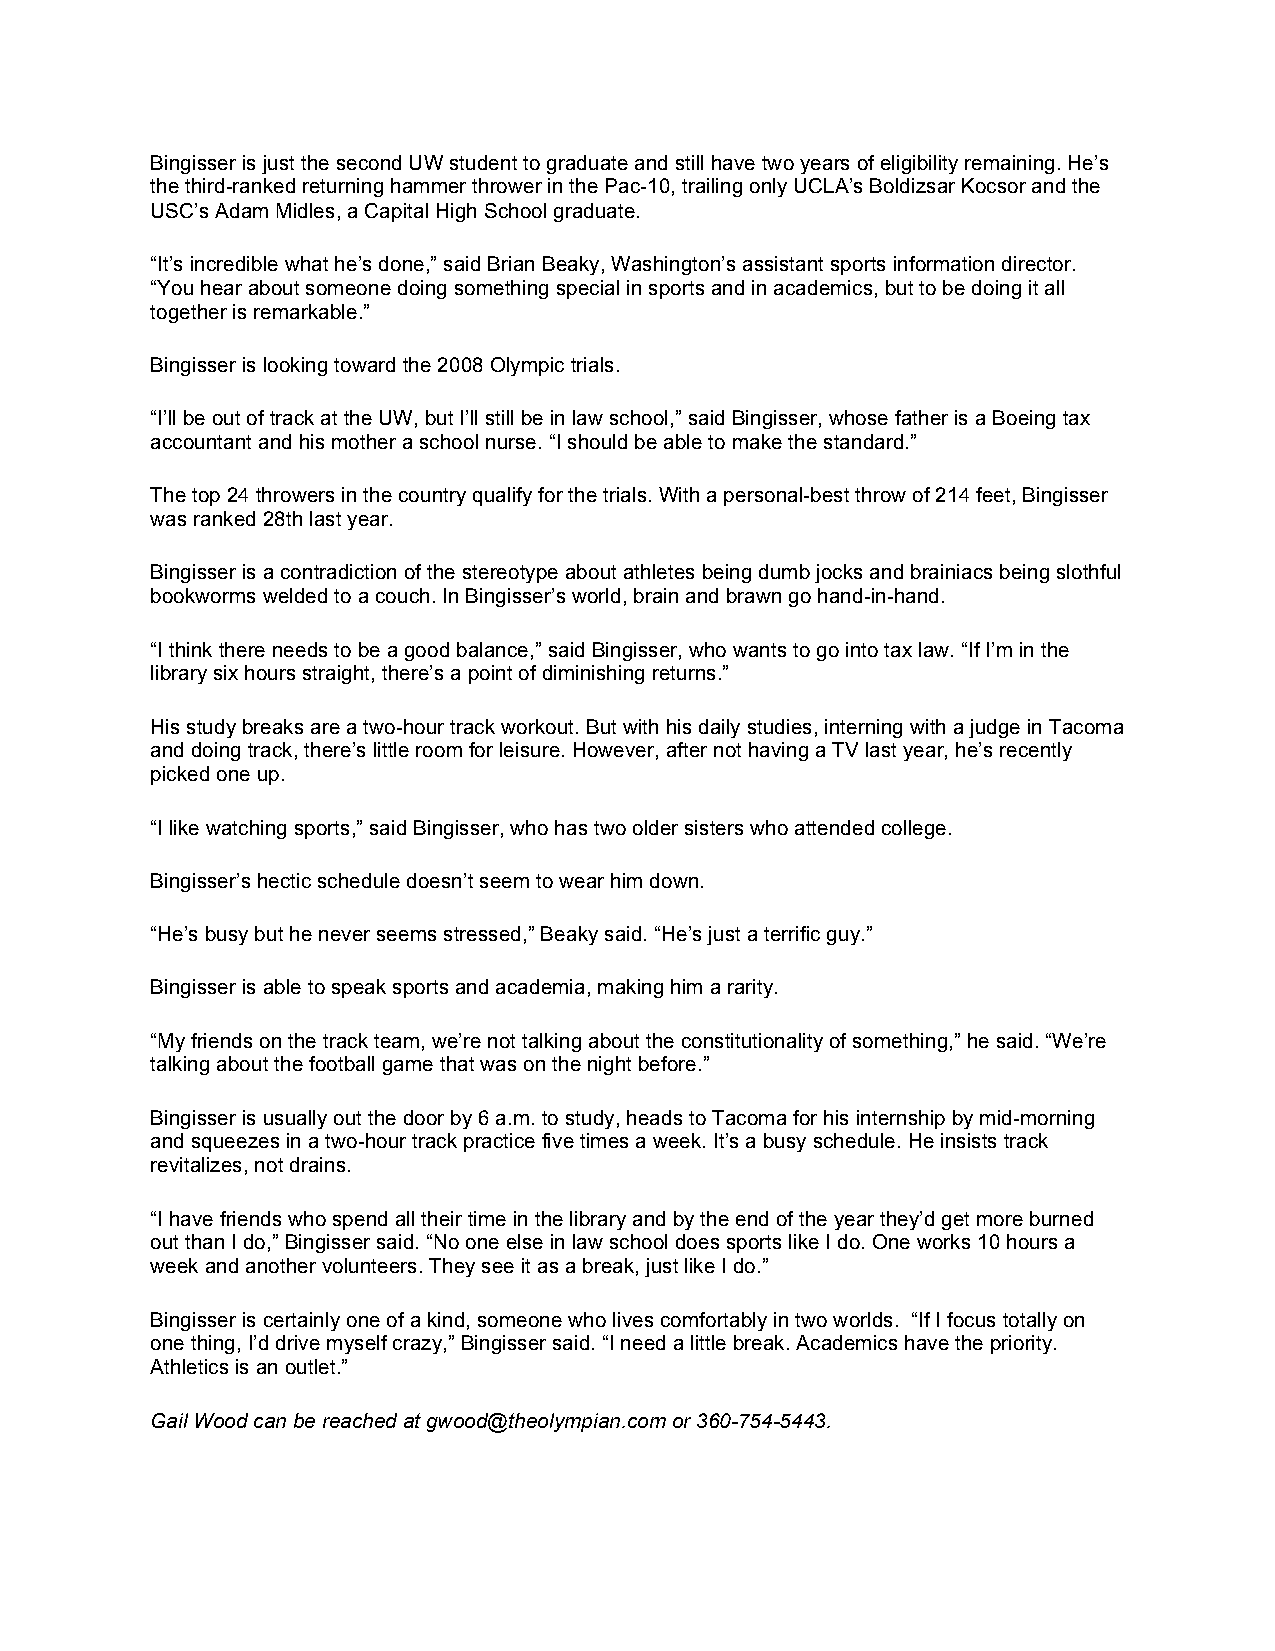
Bingisser is just the second UW student to graduate and still have two years of eligibility remaining. He’s
 the third-ranked returning hammer thrower in the Pac-10, trailing only UCLA’s Boldizsar Kocsor and the
 USC’s Adam Midles, a Capital High School graduate.
 “It’s incredible what he’s done,” said Brian Beaky, Washington’s assistant sports information director.
 “You hear about someone doing something special in sports and in academics, but to be doing it all
 together is remarkable.”
 Bingisser is looking toward the 2008 Olympic trials.
 “I’ll be out of track at the UW, but I’ll still be in law school,” said Bingisser, whose father is a Boeing tax
 accountant and his mother a school nurse. “I should be able to make the standard.”
 The top 24 throwers in the country qualify for the trials. With a personal-best throw of 214 feet, Bingisser
 was ranked 28th last year.
 Bingisser is a contradiction of the stereotype about athletes being dumb jocks and brainiacs being slothful
 bookworms welded to a couch. In Bingisser’s world, brain and brawn go hand-in-hand.
 “I think there needs to be a good balance,” said Bingisser, who wants to go into tax law. “If I’m in the
 library six hours straight, there’s a point of diminishing returns.”
 His study breaks are a two-hour track workout. But with his daily studies, interning with a judge in Tacoma
 and doing track, there’s little room for leisure. However, after not having a TV last year, he’s recently
 picked one up.
 “I like watching sports,” said Bingisser, who has two older sisters who attended college.
 Bingisser’s hectic schedule doesn’t seem to wear him down.
 “He’s busy but he never seems stressed,” Beaky said. “He’s just a terrific guy.”
 Bingisser is able to speak sports and academia, making him a rarity.
 “My friends on the track team, we’re not talking about the constitutionality of something,” he said. “We’re
 talking about the football game that was on the night before.”
 Bingisser is usually out the door by 6 a.m. to study, heads to Tacoma for his internship by mid-morning
 and squeezes in a two-hour track practice five times a week. It’s a busy schedule. He insists track
 revitalizes, not drains.
 “I have friends who spend all their time in the library and by the end of the year they’d get more burned
 out than I do,” Bingisser said. “No one else in law school does sports like I do. One works 10 hours a
 week and another volunteers. They see it as a break, just like I do.”
 Bingisser is certainly one of a kind, someone who lives comfortably in two worlds. “If I focus totally on
 one thing, I’d drive myself crazy,” Bingisser said. “I need a little break. Academics have the priority.
 Athletics is an outlet.”
 Gail Wood can be reached at gwood@theolympian.com or 360-754-5443.